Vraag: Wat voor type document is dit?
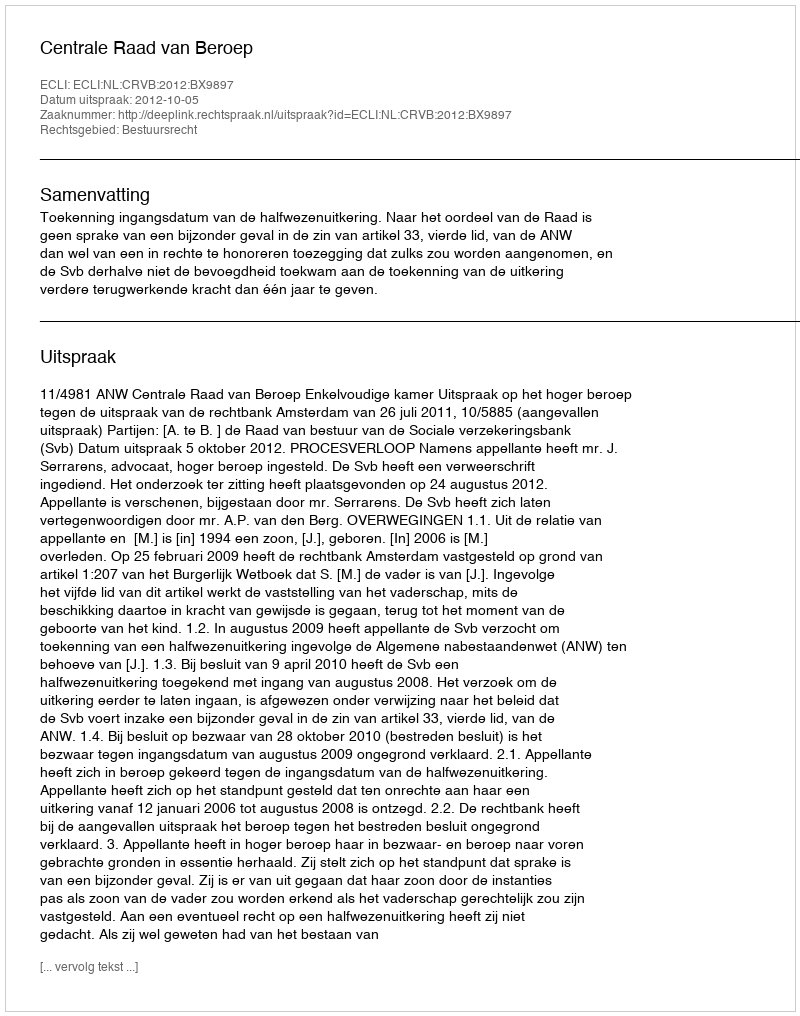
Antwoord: Uitspraak